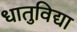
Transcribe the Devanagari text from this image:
धातुविद्या